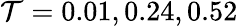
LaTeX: \mathcal{T}=0.01,0.24,0.52